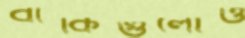
বাকিগুলোও